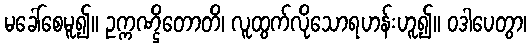
မခေါ်စေမူ၍။ ဥက္ကဏ္ဌိတောတိ၊ လူထွက်လိုသောရဟန်းဟူ၍။ ဝဒါပေတွာ၊